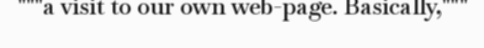
"""a visit to our own web-page. Basically,"""